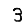
Digit: 3